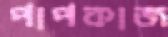
পাপকাজ